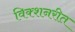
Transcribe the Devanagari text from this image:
विक्शनरीत